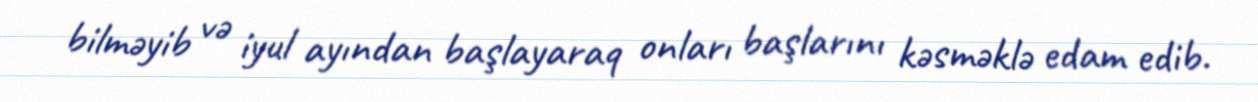
bilməyib və iyul ayından başlayaraq onları başlarını kəsməklə edam edib.